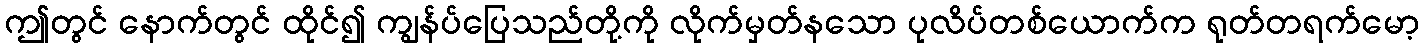
ဤတွင် နောက်တွင် ထိုင်၍ ကျွန်ပ်ပြေသည်တို့ကို လိုက်မှတ်နသော ပုလိပ်တစ်ယောက်က ရုတ်တရက်မော့